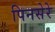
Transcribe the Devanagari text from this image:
पिनसेरे